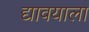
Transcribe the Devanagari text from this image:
द्यावयाला